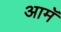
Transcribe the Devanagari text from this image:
आमॅ